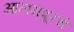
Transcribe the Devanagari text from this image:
आलमपूरचे